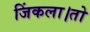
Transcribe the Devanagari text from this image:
जिंकला।तो